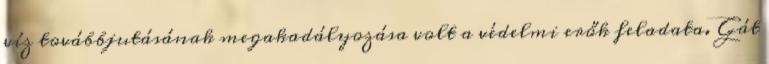
víz továbbjutásának megakadályozása volt a védelmi erők feladata. Gát